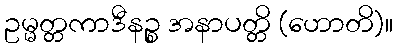
ဥမ္မတ္တကာဒီနဉ္စ အနာပတ္တိ (ဟောတိ)။